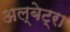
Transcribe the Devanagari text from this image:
अल्बेट्रा